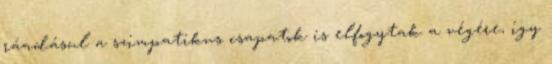
ráadásul a szimpatikus csapatok is elfogytak a végére, így